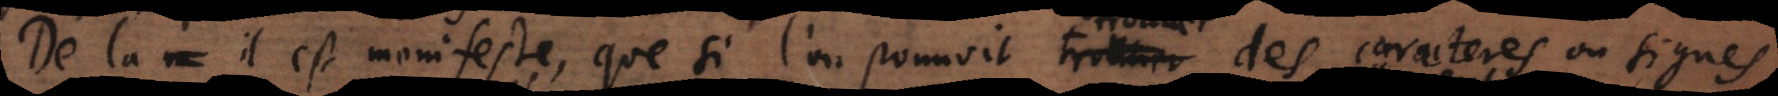
De là il est manifeste, que si l’on pouvoit trouver des caracteres ou signes